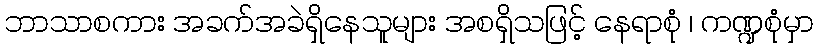
ဘာသာစကား အခက်အခဲရှိနေသူများ အစရှိသဖြင့် နေရာစုံ ၊ ကဏ္ဍစုံမှာ